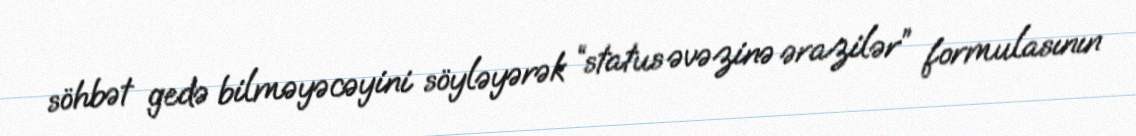
söhbət gedə bilməyəcəyini söyləyərək “status əvəzinə ərazilər” formulasının